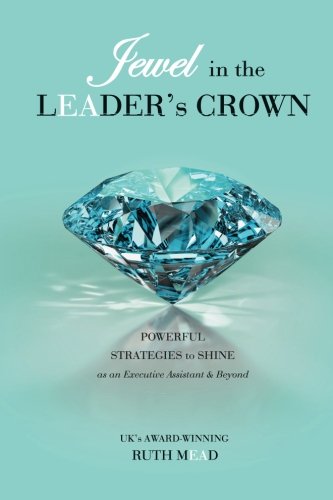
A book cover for Jewel in the LEADER's CROWN: Powerful Strategies to Shine as an Executive Assistant & Beyond; Ruth Mead; Business & Money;